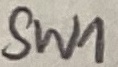
Text: SW1